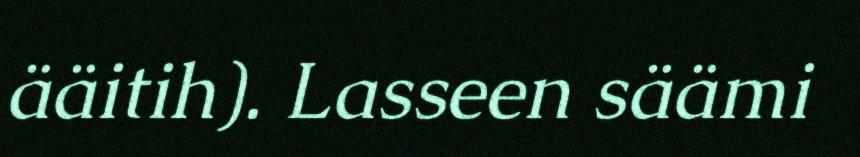
ääitih). Lasseen säämi